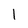
Character: l